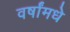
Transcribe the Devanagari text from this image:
वर्षांमधे